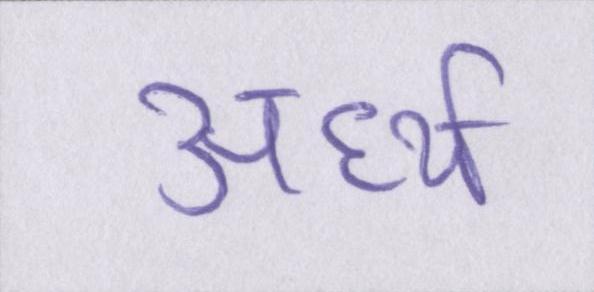
अर्ध्य